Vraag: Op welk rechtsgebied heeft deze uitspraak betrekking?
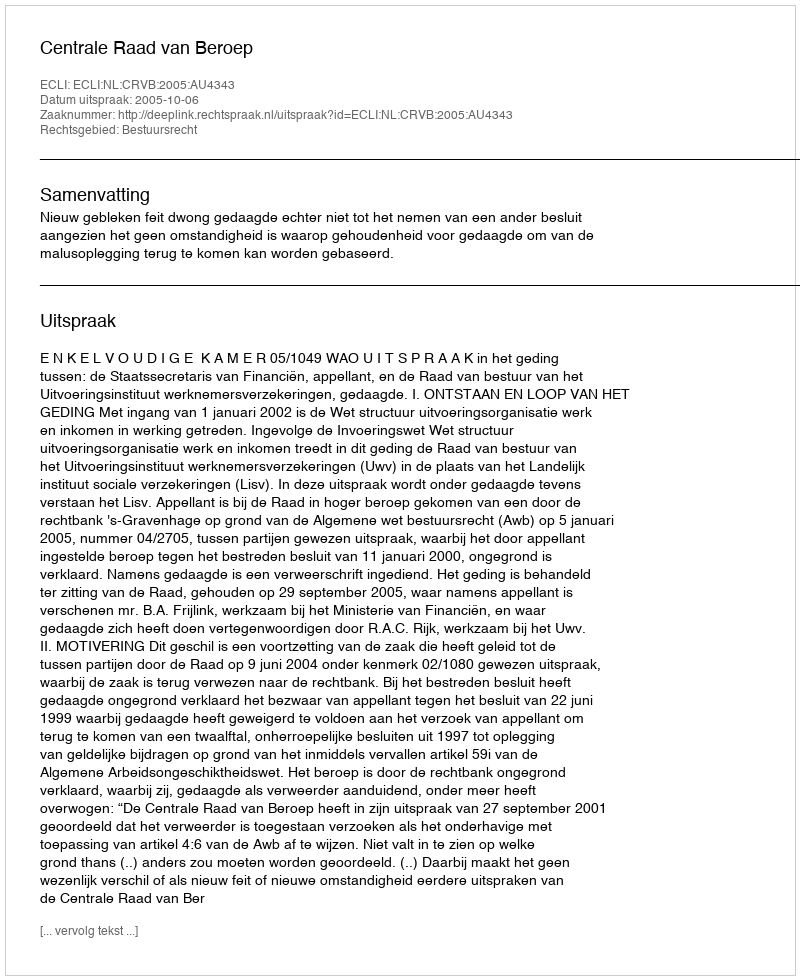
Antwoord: Bestuursrecht